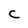
Character: C